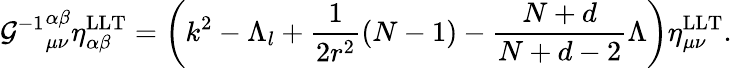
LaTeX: {{\cal G}^{-1}}_{\mu\nu}^{\alpha\beta}\eta_{\alpha\beta}^{\mathrm{LLT}}=\left(k^{2}-\Lambda_{l}+\frac{1}{2r^{2}}(N-1)-\frac{N+d}{N+d-2}\Lambda\right)\eta_{\mu\nu}^{\mathrm{LLT}}.